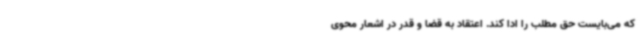
که می‌بایست حق مطلب را ادا کند. اعتقاد به قضا و قدر در اشعار محوی